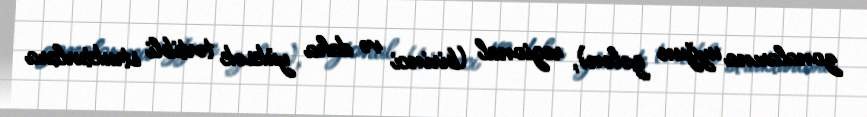
zonalarına uyğun gələn), regional (birinci və daha yüksək tərtibli strukturlara